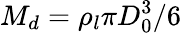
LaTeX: M_{d}=\rho_{l}\pi D_{0}^{3}/6